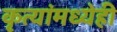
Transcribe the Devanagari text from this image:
कृत्यांमध्येही